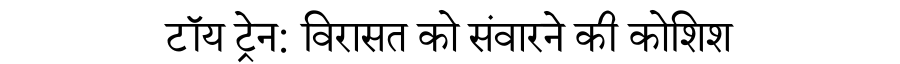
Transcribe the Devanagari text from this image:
टॉय ट्रेन: विरासत को संवारने की कोशिश